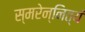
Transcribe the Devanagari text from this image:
स्मरेन्नित्यं